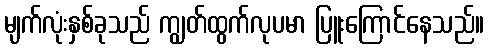
မျက်လုံးနှစ်ခုသည် ကျွတ်ထွက်လုပမာ ပြူးကြောင်နေသည်။